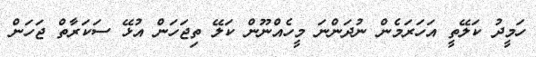
ހަމީދު ކަލޭތީ އަހަރަމެން ނުދަންނަ މީހެއްނޫން ކަލޭ ތިޖަހަން އުޅޭ ސަކަރާތް ޖަހަން